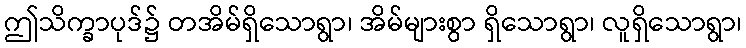
ဤသိက္ခာပုဒ်၌ တအိမ်ရှိသောရွာ၊ အိမ်များစွာ ရှိသောရွာ၊ လူရှိသောရွာ၊